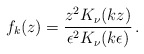
\begin{align*} f_k (z) = {z^2 K_{\nu}(kz)\over\epsilon^2 K_{\nu}(k\epsilon )}\,.\end{align*}